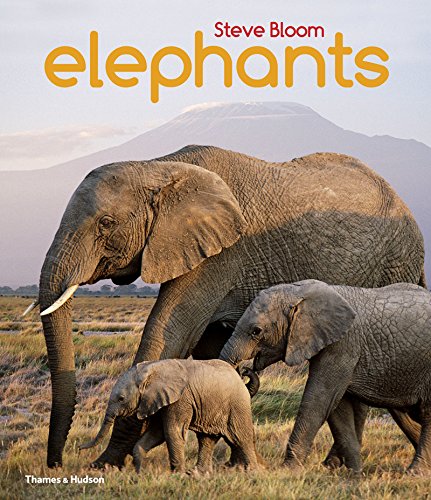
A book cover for Elephants: A Book for Children; Steve Bloom; Children's Books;